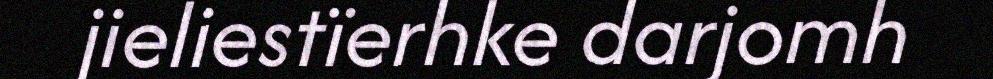
jieliestïerhke darjomh